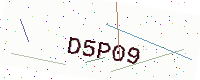
Text: D5P09